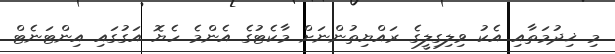
މި ޚިދުމަތާއި އެކު ވިލިގިލީގެ ރައްޔިތުންނަށް މާކެޓުގެ އެންމެ ހެޔޮ އަގުގައި އިންޓަނެޓް